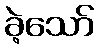
ခဲ့သော်